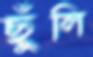
ছুঁলি